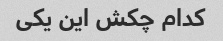
کدام چکش این یکی